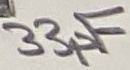
Text: 33pF